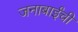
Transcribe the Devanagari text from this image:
जनाबाईंची